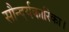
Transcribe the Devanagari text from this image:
सौन्दर्यकारिका।